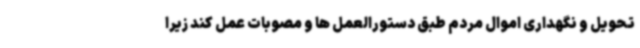
تحویل و نگهداری اموال مردم طبق دستورالعمل ها و مصوبات عمل کند زیرا